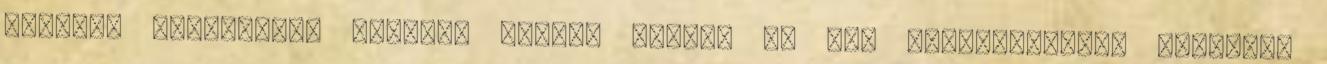
blog.hu forgalmát. Forrás: Google Trends 44 48. KépmegosztókA dedikált